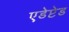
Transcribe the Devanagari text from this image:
एडेप्टेड